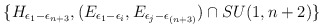
\begin{align*}\{H_{\epsilon_1 -\epsilon_{n+3}}, (E_{\epsilon_1 -\epsilon_i},E_{\epsilon_j -\epsilon_{(n+3)}})\cap SU(1,n+2)\}\end{align*}